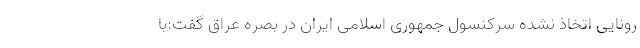
رونایی اتخاذ نشده سرکنسول جمهوری اسلامی ایران در بصره عراق گفت:با